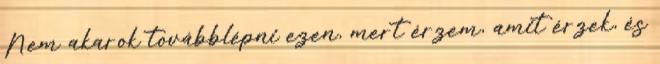
Nem akarok továbblépni ezen, mert érzem, amit érzek, és